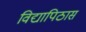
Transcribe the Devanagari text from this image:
विद्यापिठास